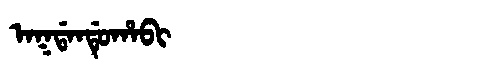
Manchu: ᠠᡴᡩᠠᠨᡩᡠᡥᠠᠪᡳ
Romanization: AKDANDUHABI